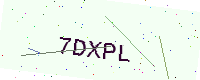
Text: 7DXPL